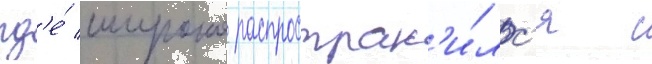
гд'е́ широко распростран'и́лс'я с